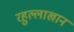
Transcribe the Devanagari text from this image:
रहुल्लाखान